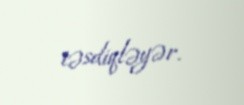
təsdiqləyər.